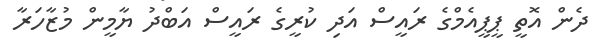
ދެން އޮތީ ޕީޕީއެމްގެ ރައީސް އަދި ކުރީގެ ރައީސް އަބްދު ޔާމީން މުޒާހަރާ